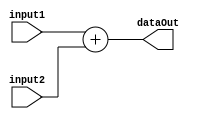
module add #(
    parameter DATA_WIDTH = 32
)(
    input [DATA_WIDTH-1:0] input1,
    input [DATA_WIDTH-1:0] input2,
    output [DATA_WIDTH:0] dataOut
);
        assign dataOut = input1 + input2;

endmodule

//comment